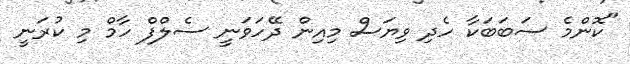
"ކޮންމެ ސަބަބަކާ ހެދި ވިޔަސް މިއިން ދޭހަވަނީ ސެލްފް ހާމް މި ކުރަނީ